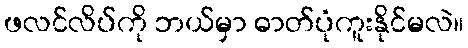
ဖလင်လိပ်ကို ဘယ်မှာ ဓာတ်ပုံကူးနိုင်မလဲ။